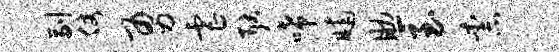
副仗勇虐耿唏晡助至柰